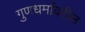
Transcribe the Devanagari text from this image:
गुणधर्मावरील